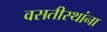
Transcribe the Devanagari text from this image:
वसतीस्थांना